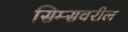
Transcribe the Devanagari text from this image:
सिम्सवरील